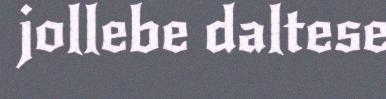
jollebe daltese